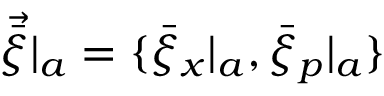
\vec { \bar { \xi } } | _ { a } = \{ \bar { \xi } _ { x } | _ { a } , \bar { \xi } _ { p } | _ { a } \}